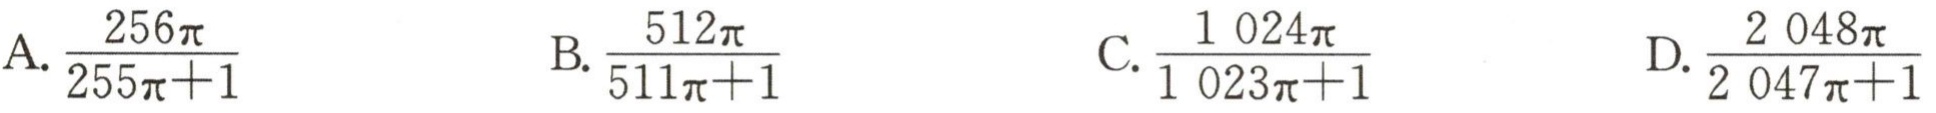
A.$\frac{256\pi}{255\pi + 1}$  B.$\frac{512\pi}{511\pi + 1}$  C.$\frac{1\ 024\pi}{1\ 023\pi + 1}$  D.$\frac{2\ 048\pi}{2\ 047\pi + 1}$